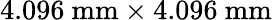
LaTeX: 4.096~\mathrm{mm}\times 4.096~\mathrm{mm}